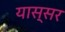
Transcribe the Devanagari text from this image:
यास्सर